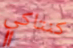
كنتاكي